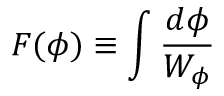
F ( \phi ) \equiv \int { \frac { d \phi } { W _ { \phi } } }